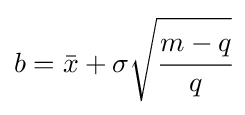
b={\bar {x}}+\sigma {\sqrt {\cfrac {m-q}{q}}}